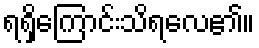
ရရှိကြောင်းသိရလေ၏။